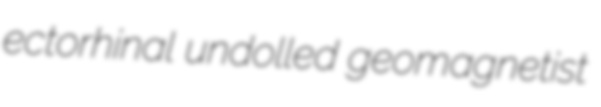
ectorhinal undolled geomagnetist